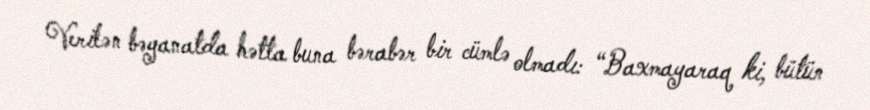
Verilən bəyanatda hətta buna bərabər bir cümlə olmadı: “Baxmayaraq ki, bütün